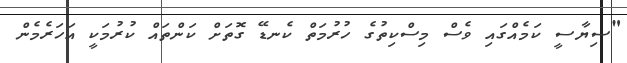
"ސިޔާސީ ކަމެއްގައި ވެސް މިސްކިތުގެ ހުރުމަތް ކެނޑޭ ގޮތަށް ކަންތައް ކުރުމަކީ އަހަރެމެން